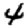
Digit: 4